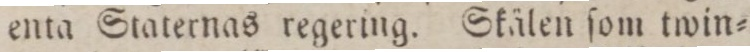
enta Staternas regering. Skälen ſom twin=